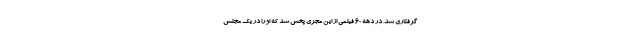
گرفتاری شد. در دهه ۶۰ فیلمی از این مجری پخش شد که او را در یک مجلس